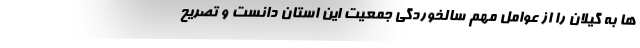
ها به گیلان را از عوامل مهم سالخوردگی جمعیت این استان دانست و تصریح